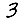
Digit: 3